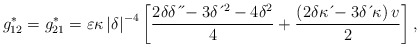
\begin{align*}g_{12}^{\ast}=g_{21}^{\ast}=\varepsilon \kappa \left \vert \delta \right \vert^{-4}\left[ \frac{2\delta \delta \,\acute{}\,\acute{}-3\delta \,\acute{}\,^{2}-4\delta^{2}}{4}+\frac{\left( 2\delta \kappa \,\acute{}-3\delta \,\acute{}\, \kappa \right) v}{2}\right] , \end{align*}